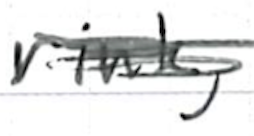
Text: rink,
Cross-out: mix
Writing tool: ballpoint